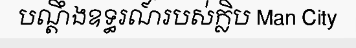
បណ្តឹងឧទ្ធរណ៍របស់ក្លិប Man City